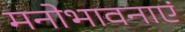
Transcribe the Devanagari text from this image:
मनोभावनाएं